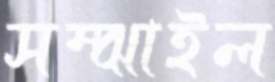
সম্‌ঝাইল